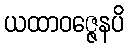
ယထာဝဇ္ဇေနပိ